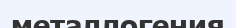
металлогения